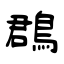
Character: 鵘